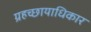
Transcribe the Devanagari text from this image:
ग्रहच्छायाधिकार